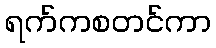
ရက်ကစတင်ကာ